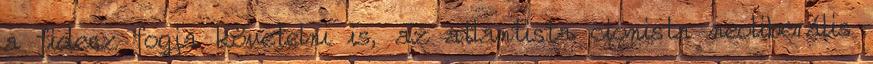
a fidesz fogja követelni is, az atlantista cionista neoliberális